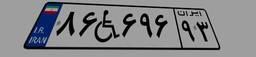
۶۲W۱۰۲۵۴